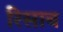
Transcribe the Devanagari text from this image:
रिसाब